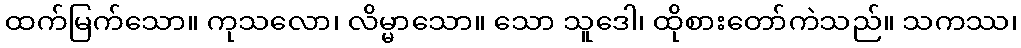
ထက်မြက်သော။ ကုသလော၊ လိမ္မာသော။ သော သူဒေါ၊ ထိုစားတော်ကဲသည်။ သကဿ၊